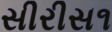
સીરીસ૧